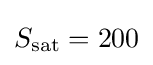
S_{\mathrm {sat} }=200